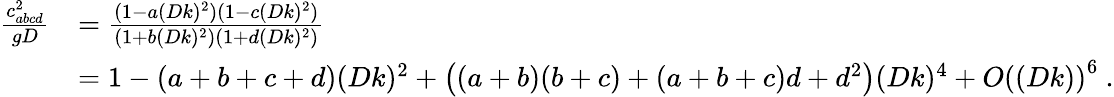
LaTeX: \begin{array}{rl}{\frac{c_{abcd}^{2}}{gD}}&{=\frac{(1-a(Dk)^{2})(1-c(Dk)^{2})}{(1+b(Dk)^{2})(1+d(Dk)^{2})}}\\ &{=1-(a+b+c+d)(Dk)^{2}+\left((a+b)(b+c)+(a+b+c)d+d^{2}\right)(Dk)^{4}+O\left((Dk)\right)^{6}\ .}\end{array}